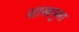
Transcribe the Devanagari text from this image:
शाखनुमा